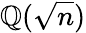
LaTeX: \mathbb{Q}({\sqrt{n}})